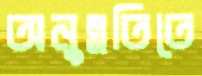
অনুন্নতিতে